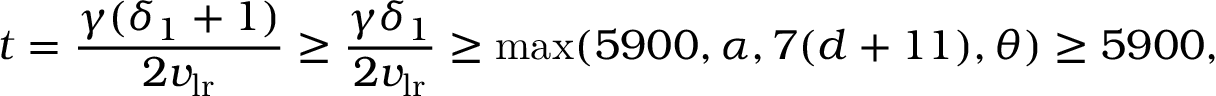
t = \frac { \gamma ( \delta _ { 1 } + 1 ) } { 2 v _ { \mathrm { l r } } } \geq \frac { \gamma \delta _ { 1 } } { 2 v _ { \mathrm { l r } } } \geq \operatorname* { m a x } ( 5 9 0 0 , \alpha , 7 ( d + 1 1 ) , \theta ) \geq 5 9 0 0 ,